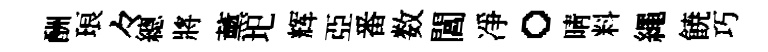
酬琅々總將薰圯辉亞番数閶凈。晴料繩𩜙巧